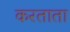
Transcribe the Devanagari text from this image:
करताता